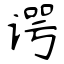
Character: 谔